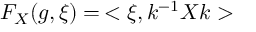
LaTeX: F _ { X } ( g , \xi ) = \, < \xi , k ^ { - 1 } X k >